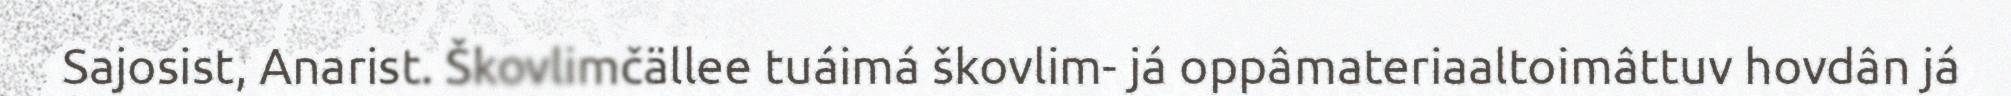
Sajosist, Anarist. Škovlimčällee tuáimá škovlim- já oppâmateriaaltoimâttuv hovdân já